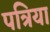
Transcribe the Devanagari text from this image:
पत्रिया